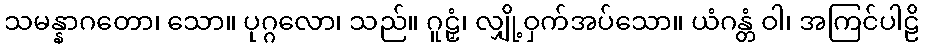
သမန္နာဂတော၊ သော။ ပုဂ္ဂလော၊ သည်။ ဂူဠှံ၊ လျှို့ဝှက်အပ်သော။ ယံဂန္တံ ဝါ၊ အကြင်ပါဠိ